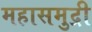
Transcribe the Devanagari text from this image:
महासमुद्री